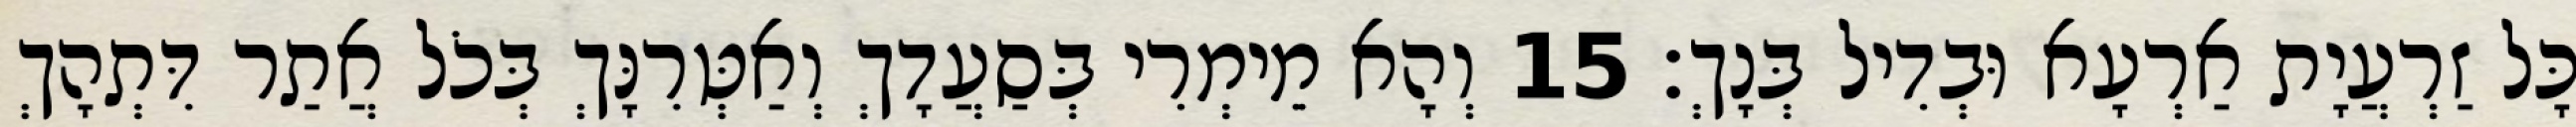
כָּל זַרְעֲיָת אַרְעָא וּבְדִיל בְּנָךְ׃ 15 וְהָא מֵימְרִי בְּסַעֲדָךְ וְאַטְּרִנָּךְ בְּכֹל אֲתַר דִּתְהָךְ